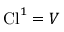
\operatorname { C l } ^ { 1 } = V